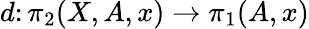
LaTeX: d\colon\pi_{2}(X,A,x)\rightarrow\pi_{1}(A,x)